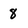
Character: 8